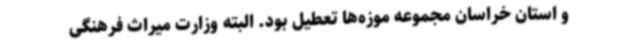
و استان خراسان مجموعه موزه‌ها تعطیل بود. البته وزارت میراث فرهنگی